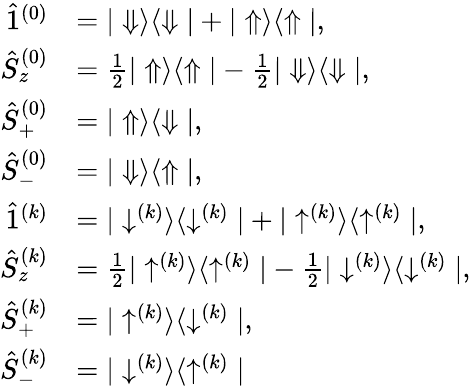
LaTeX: \begin{array}{rl}{\hat{1}^{(0)}}&{=|\Downarrow\rangle\langle\Downarrow|+|\Uparrow\rangle\langle\Uparrow|,}\\ {\hat{S}_{z}^{(0)}}&{=\frac{1}{2}|\Uparrow\rangle\langle\Uparrow|-\frac{1}{2}|\Downarrow\rangle\langle\Downarrow|,}\\ {\hat{S}_{+}^{(0)}}&{=|\Uparrow\rangle\langle\Downarrow|,}\\ {\hat{S}_{-}^{(0)}}&{=|\Downarrow\rangle\langle\Uparrow|,}\\ {\hat{1}^{(k)}}&{=|\downarrow^{(k)}\rangle\langle\downarrow^{(k)}|+|\uparrow^{(k)}\rangle\langle\uparrow^{(k)}|,}\\ {\hat{S}_{z}^{(k)}}&{=\frac{1}{2}|\uparrow^{(k)}\rangle\langle\uparrow^{(k)}|-\frac{1}{2}|\downarrow^{(k)}\rangle\langle\downarrow^{(k)}|,}\\ {\hat{S}_{+}^{(k)}}&{=|\uparrow^{(k)}\rangle\langle\downarrow^{(k)}|,}\\ {\hat{S}_{-}^{(k)}}&{=|\downarrow^{(k)}\rangle\langle\uparrow^{(k)}|}\end{array}